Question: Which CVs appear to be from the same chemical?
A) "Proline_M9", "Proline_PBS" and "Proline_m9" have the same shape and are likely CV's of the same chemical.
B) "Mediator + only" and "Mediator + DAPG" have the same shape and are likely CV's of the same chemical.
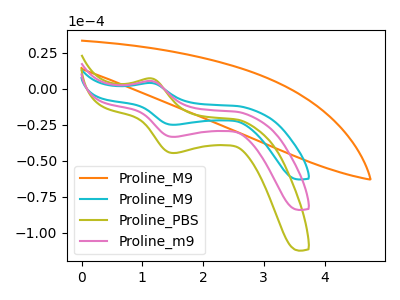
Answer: <think>The orange curve "Proline_M9" has no peaks. The cyan curve "Proline_M9" has an anodic peak at (1.15V, 4.05uA) and a cathodic peak at (1.50V, -25.00uA). The olive curve "Proline_PBS" has an anodic peak at (1.15V, 10.85uA) and a cathodic peak at (1.50V, -66.80uA). The pink curve "Proline_m9" has an anodic peak at (1.15V, 5.40uA) and a cathodic peak at (1.50V, -33.40uA).
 "Proline_M9" and "Proline_M9" have a different number of peaks. "Proline_M9" and "Proline_PBS" have a different number of peaks. "Proline_M9" and "Proline_m9" have a different number of peaks. All the peaks in "Proline_M9" have a peak in "Proline_PBS" at the same potential. Every peak in "Proline_M9" is lower than every peak in "Proline_PBS". All the peaks in "Proline_M9" have a peak in "Proline_m9" at the same potential. Every peak in "Proline_M9" is lower than every peak in "Proline_m9". All the peaks in "Proline_PBS" have a peak in "Proline_m9" at the same potential. Every peak in "Proline_PBS" is higher than every peak in "Proline_m9".</think>
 <answer>A) "Proline_M9", "Proline_PBS" and "Proline_m9" have the same shape and are likely CV's of the same chemical.</answer>
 <eval>A</eval>